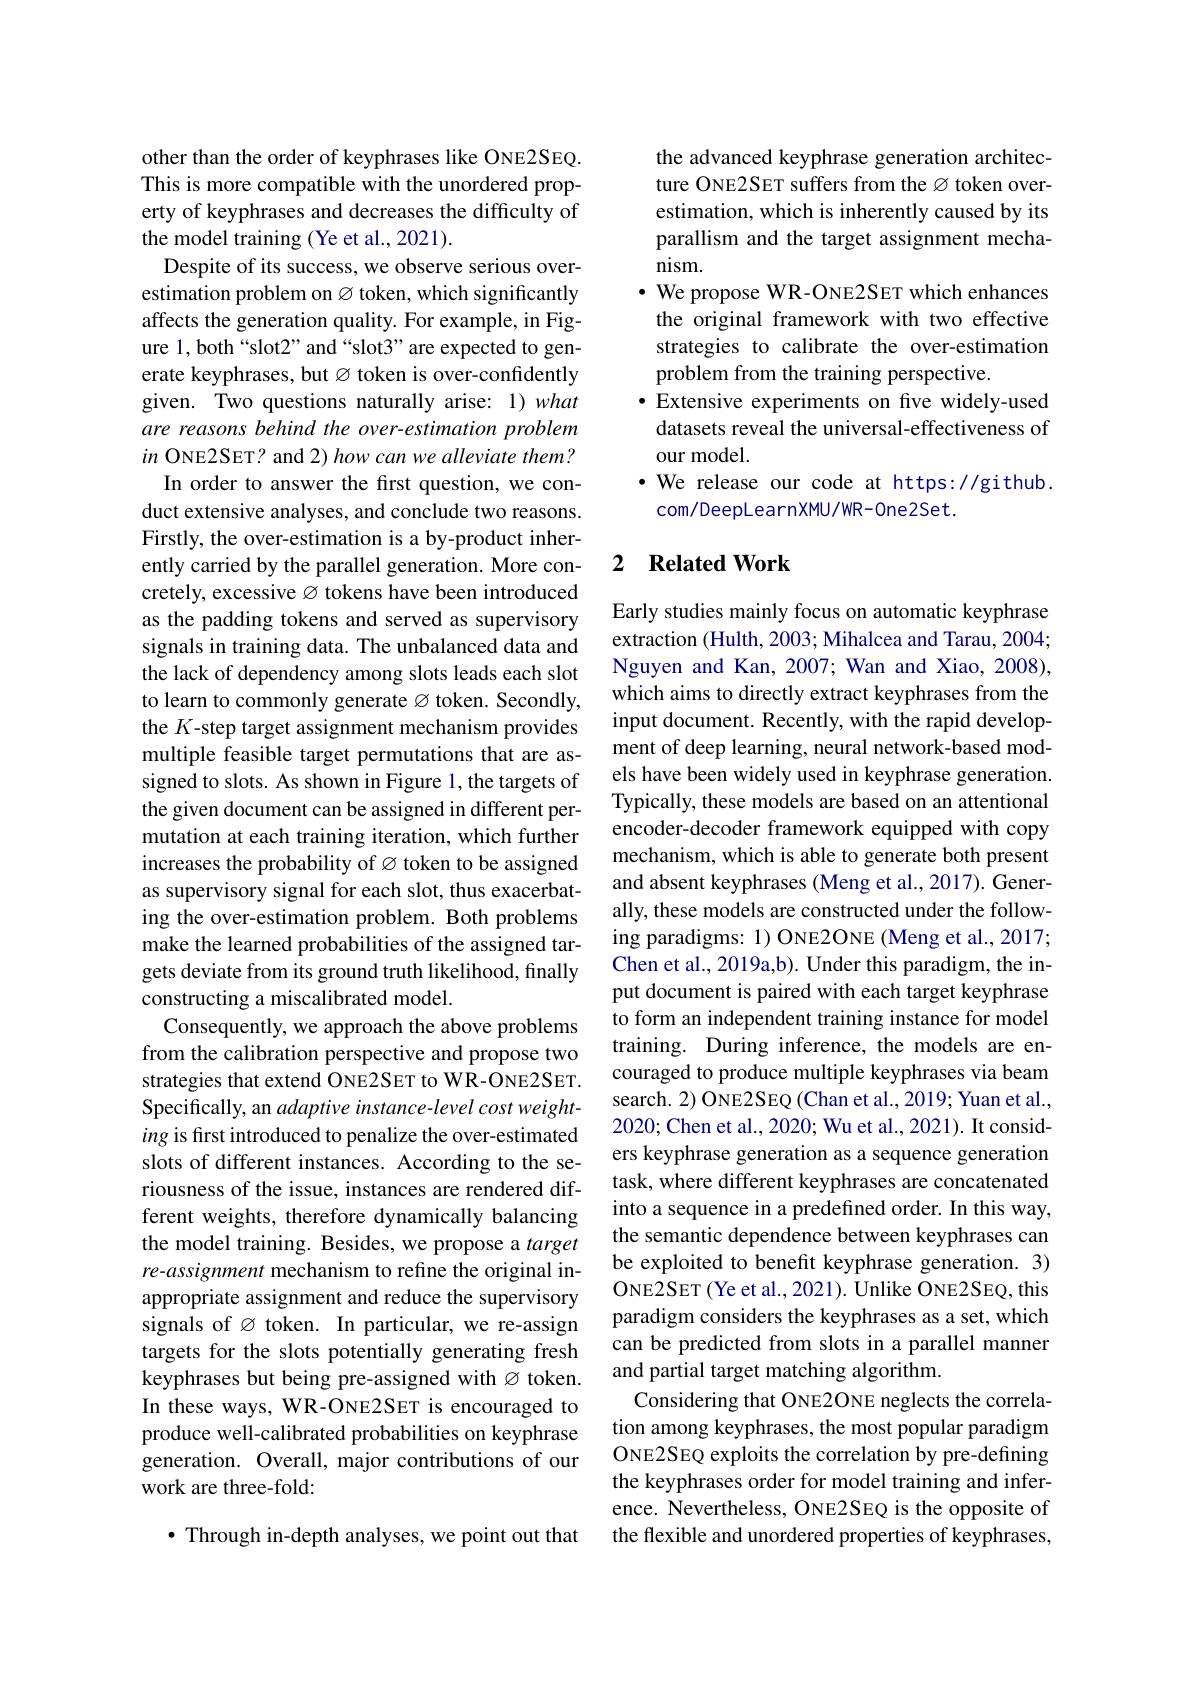
other than the order of keyphrases like ONE2SEQ. This is more compatible with the unordered property of keyphrases and decreases the difficulty of the model training (Ye et al., 2021).
Despite of its success, we observe serious overestimation problem on $\varnothing$ token, which significantly affects the generation quality. For example, in Figure 1, both“slot2” and“slot3” are expected to generate keyphrases, but $\varnothing$ token is over-confidently given. Two questions naturally arise: 1)what are reasons behind the over-estimation problem $in$ ONE2SET? and 2) how can we alleviate them? In order to answer the first question, we conduct extensive analyses, and conclude two reasons. Firstly, the over-estimation is a by-product inherently carried by the parallel generation. More concretely, excessive $\varnothing$ tokens have been introduced as the padding tokens and served as supervisory signals in training data. The unbalanced data and the lack of dependency among slots leads each slot to learn to commonly generate Ø token. Secondly, the $K$-step target assignment mechanism provides multiple feasible target permutations that are assigned to slots. As shown in Figure 1, the targets of the given document can be assigned in different permutation at each training iteration, which further increases the probability of Ø token to be assigned as supervisory signal for each slot, thus exacerbating the over-estimation problem. Both problems make the learned probabilities of the assigned targets deviate from its ground truth likelihood, finally constructing a miscalibrated model.
Consequently, we approach the above problems from the calibration perspective and propose two strategies that extend ONE2SET to WR-ONE2SET. Specifically, an adaptive instance-level cost weighting is first introduced to penalize the over-estimated slots of different instances. According to the seriousness of the issue, instances are rendered different weights, therefore dynamically balancing the model training. Besides, we propose a target re-assignment mechanism to refine the original inappropriate assignment and reduce the supervisory signals of Ø token. In particular, we re-assign targets for the slots potentially generating fresh keyphrases but being pre-assigned with $\varnothing$ token. In these ways, WR-ONE2SET is encouraged to produce well-calibrated probabilities on keyphrase generation. Overall, major contributions of our work are three-fold:

$\bullet$ Through in-depth analyses, we point out that

the advanced keyphrase generation architecture ONE2SET suffers from the Ø token overestimation, which is inherently caused by its parallism and the target assignment mechanism.
$\bullet$ We propose WR-ONE2SET which enhances the original framework with two effective strategies to calibrate the over-estimation problem from the training perspective.
·Extensive experiments on fve widely-used
datasets reveal the universal-effectiveness of
our model.
$\cdot$ We release our code at https://github.
com/DeepLearnXMU/WR-One2Set.

### 2 $\textbf{Related Work}$

Early studies mainly focus on automatic keyphrase extraction (Hulth, 2003; Mihalcea and Tarau, 2004; Nguyen and Kan, 2007; Wan and Xiao, 2008), which aims to directly extract keyphrases from the input document. Recently, with the rapid development of deep learning, neural network-based models have been widely used in keyphrase generation. Typically, these models are based on an attentional encoder-decoder framework equipped with copy mechanism, which is able to generate both present and absent keyphrases (Meng et al., 2017). Generally, these models are constructed under the following paradigms: 1) ONE2ONE (Meng et al., 2017; Chen et al., 2019a,b). Under this paradigm, the input document is paired with each target keyphrase to form an independent training instance for model training. During inference, the models are encouraged to produce multiple keyphrases via beam search. 2) ONE2SEQ (Chan et al., 2019; Yuan et al., 2020; Chen et al., 2020; Wu et al., 2021). It considers keyphrase generation as a sequence generation task, where different keyphrases are concatenated into a sequence in a predefined order. In this way, the semantic dependence between keyphrases can be exploited to benefit keyphrase generation. 3) ONE2SET (Ye et al., 2021). Unlike ONE2SEQ, this paradigm considers the keyphrases as a set, which can be predicted from slots in a parallel manner and partial target matching algorithm.
Considering that ONE2ONE neglects the correlation among keyphrases, the most popular paradigm ONE2SEQ exploits the correlation by pre-defining the keyphrases order for model training and inference. Nevertheless, ONE2SEQ is the opposite of the flexible and unordered properties of keyphrases,